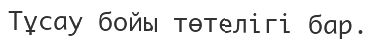
Тұсау бойы төтелігі бар.